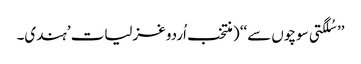
’’ سُلگتی سوچوں سے‘‘ ( منتخب اُردو غزلیات ’ہندی۔